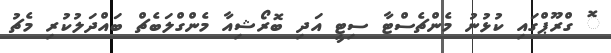
ޮ ގްރޫޕްގައި ކުޅުނު މެންޗެސްޓާ ސިޓީ އަދި ބޮރޯޝިއާ މެންގްލަބެޗް ބައްދަލުކުރި މެޗު